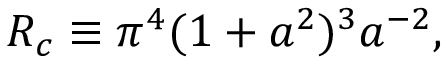
R _ { c } \equiv \pi ^ { 4 } ( 1 + a ^ { 2 } ) ^ { 3 } a ^ { - 2 } ,